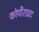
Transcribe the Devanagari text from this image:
कोपीराइट